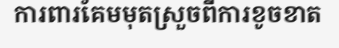
ការពារគែមមុតស្រួចពីការខូចខាត